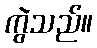
ကွဲသည်။